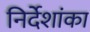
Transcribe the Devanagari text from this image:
निर्देशांका